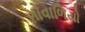
ગોવાળિયો